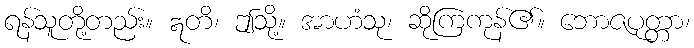
ရန်သူတို့တည်း။ ဣတိ၊ ဤသို့။ အာဟံသု၊ ဆိုကြကုန်၏။ ဘောဇပုတ္တာ၊